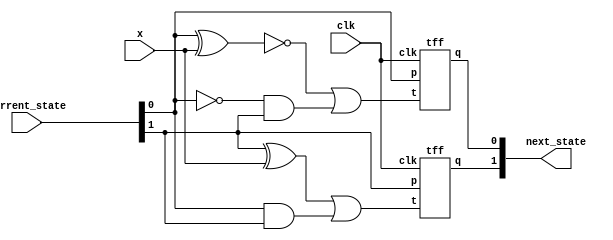
 

               //data-flow level modeling for designing a ckt diagram from given counter state diagram

module states(input x, clk,input [1:0] current_state,output [1:0] next_state);
           //x-input 
           //current_state is the input which represents the initial or previous state of states
           //clk-input clock
          
          wire t1,t2;

          assign t1= (current_state[1]^x) | ( current_state[0] & current_state[1]);
          assign t2= ~(current_state[0]^x) | ( ~current_state[0] & current_state[1]);

          tff T1(t1, current_state[1], clk, next_state[1]);
          tff T2(t2, current_state[0], clk, next_state[0]);

endmodule

//T Flip Flop
module tff (input t,p,clk,output q);
             //t-input
             //p-previous state
            //clk-input clock
            //q-output from T Flip Flop

assign q= (p^t) & clk | p & (~clk); 
endmodule